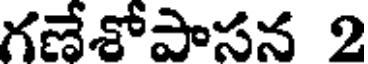
గణేశోపాసన 2